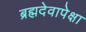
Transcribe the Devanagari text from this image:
ब्रह्मदेवापेक्षा